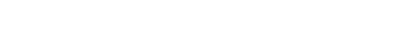
ဝီတရာဂေါ၊ ကင်းသောရာဂရှိသော။ ဘဝေသု၊ ဘဝတို့၌။ အဝီတရာဂေါ၊